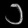
Digit: ၁